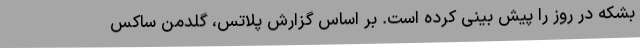
بشکه در روز را پیش بینی کرده است. بر اساس گزارش پلاتس، گلدمن ساکس